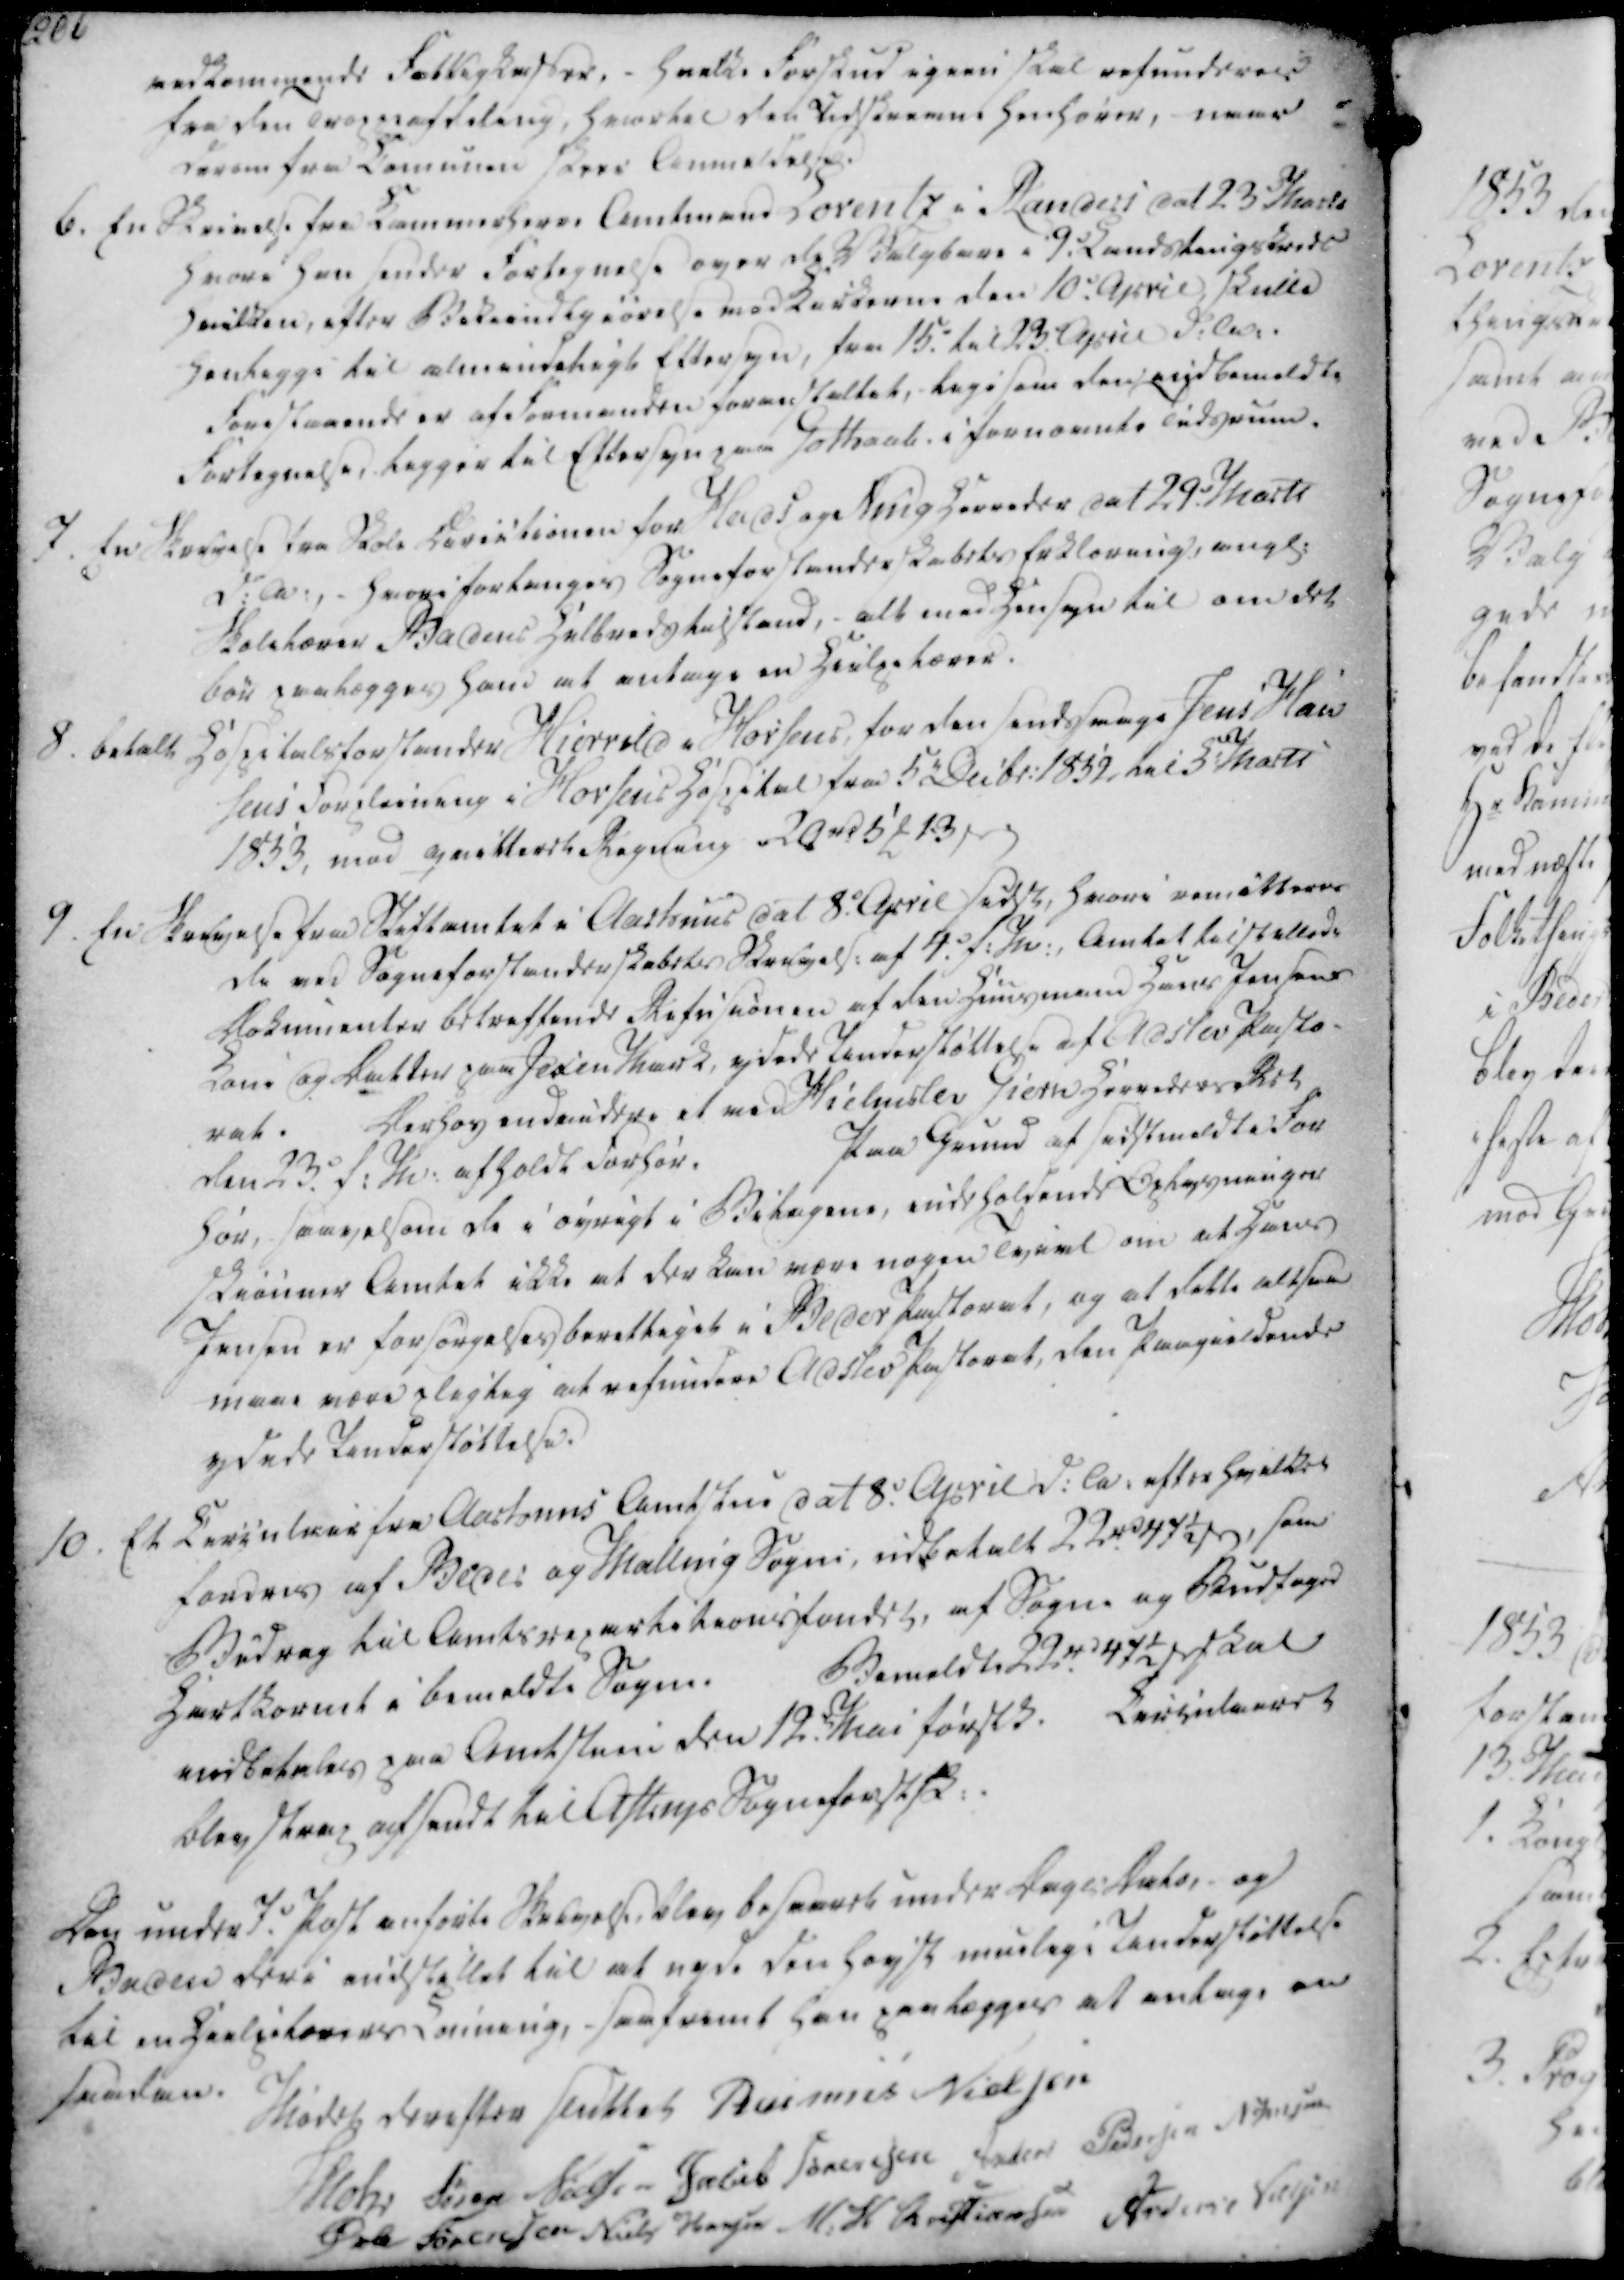
Transskription:
vedkommende Fattigkasser, - hvilke Forskud igien skal refunderes

fra den Troppeafdeling, hvortil den udskrevne henhører, naar

derom fra Comunen skrev Anmeldelse.

vedkommende Fattigkasser, - hvilke Forskud igien skal refunderes
fra den Troppeafdeling, hvortil den udskrevne henhører, naar
derom fra Comunen skrev Anmeldelse.

6. En Skrivelse fra Kammerherre Amtmand Lorentz i Randers dat 23 Marts

hvori han sender Fortegnelse over de Valgbare i 9. Landstingskreds

hvilken, efter Bekiendtgiørelse ved Kirkerne den 10. April, skulle

henligge til almindeligt Eftersyn, fra 15. til 23. April d.A.

Forestaaende er af Formanden foranstaltet, ligesom den indbemeldte

Fortegnelse, ligger til Eftersyn paa Gothaab i fornævnte Tidsrum.

7. En Skrivelse fra Skole Directionen for Hads og Ning herreder dat 29. Marts

d.A., - hvori forlanges Sogneforstanderskabets Erklæring, angl.

Skolelærer Badens Helbredstilstand, - alt med Hensyn til om det

bør paalægges ham at antage en Hielpelærer.

8. betalt Hospitalsforstander Hierrild i Horsens for den sendssvage Jens Han

sens Forpleining i Horsens Hospital fra 5t Decbr. 1852 til 5 Marts

1853, mod qvitteret Regning 20 rd 5 ₻ 13 ẞ

6. En Skrivelse fra Kammerherre Amtmand Lorentz i Randers dat 23 Marts
hvori han sender Fortegnelse over de Valgbare i 9. Landstingskreds
hvilken, efter Bekiendtgiørelse ved Kirkerne den 10. April, skulle
henligge til almindeligt Eftersyn, fra 15. til 23. April d.A.
Forestaaende er af Formanden foranstaltet, ligesom den indbemeldte
Fortegnelse, ligger til Eftersyn paa Gothaab i fornævnte Tidsrum.
7. En Skrivelse fra Skole Directionen for Hads og Ning herreder dat 29. Marts
d.A., - hvori forlanges Sogneforstanderskabets Erklæring, angl.
Skolelærer Badens Helbredstilstand, - alt med Hensyn til om det
bør paalægges ham at antage en Hielpelærer.
8. betalt Hospitalsforstander Hierrild i Horsens for den sendssvage Jens Han
sens Forpleining i Horsens Hospital fra 5t Decbr. 1852 til 5 Marts
1853, mod qvitteret Regning 20 rd 5 ₻ 13 ẞ

9. En Skrivelse fra Stiftamtet i Aarhuus dat 8. April sidst, hvori remitteres

de ved Sogneforstanderskabets Skrivels. af 4. f.M., Amtet tilstillede

Dokumenter betreffende Refusionen af den Huusmand Hans Jensens

Kone og Datter paa Jexen Mark, ydede Understøttelse af Adslev Pasto-

rat.

Derhos endvidere et med Hielmslev Giern Herreders Ret

den 23. f.M. afholdt Forhør.

Paa Grund af sidstmeldte For

hør, saavelsom de i øvrigt i Bilagene, indeholdende Oplysninger

skiønner Amtet ikke at der kan være nogen Tvivl om at Hans

Jensen er forsørgelsesberettiget i Beder Pastorat, og at dette altsaa

maae være pligtig at refundere Adslev Pastorat, den Paagieldende

ydede Understøttelse.

10. Et Cirulair fra Aarhuus Amtstue dat 8. April d.A. efter hvilket

fordres af Beder og Malling Sogne, udbetalt 22 rd 47½ ẞ, som

Bidrag til Amtsrepartitionsfondet, af Sogne og Budfoged

Hartkornet i bemeldte Sogne.

Bemeldte 22 rd 47½ ẞ skal

indbetales paa Amtstuen den 12t. Mai førstk.

Circulairet

blev strax afsendt til Astrups Sogneforstsk..

9. En Skrivelse fra Stiftamtet i Aarhuus dat 8. April sidst, hvori remitteres
de ved Sogneforstanderskabets Skrivels. af 4. f.M., Amtet tilstillede
Dokumenter betreffende Refusionen af den Huusmand Hans Jensens
Kone og Datter paa Jexen Mark, ydede Understøttelse af Adslev Pasto-
rat.
Derhos endvidere et med Hielmslev Giern Herreders Ret
den 23. f.M. afholdt Forhør.
Paa Grund af sidstmeldte For
hør, saavelsom de i øvrigt i Bilagene, indeholdende Oplysninger
skiønner Amtet ikke at der kan være nogen Tvivl om at Hans
Jensen er forsørgelsesberettiget i Beder Pastorat, og at dette altsaa
maae være pligtig at refundere Adslev Pastorat, den Paagieldende
ydede Understøttelse.
10. Et Cirulair fra Aarhuus Amtstue dat 8. April d.A. efter hvilket
fordres af Beder og Malling Sogne, udbetalt 22 rd 47½ ẞ, som
Bidrag til Amtsrepartitionsfondet, af Sogne og Budfoged
Hartkornet i bemeldte Sogne.
Bemeldte 22 rd 47½ ẞ skal
indbetales paa Amtstuen den 12t. Mai førstk.
Circulairet
blev strax afsendt til Astrups Sogneforstsk..

Den under 7. Post anførte Skrivelse, blev besvaret under Dags Dato, og

Baden deri indstillet til at nyde den høyst muelig i Understøttelse

til en Hielpelærers Lønning, - saafremt han paalægges at antage en

saadan.

Mødet derefter sluttet

Rasmus Nielsen

Mohr

Søren Nielsen

Jacob Sørensen

Anders Pedersen

N. Jensen

Øvle Sørensen

Niels Hansen

M. H. Christiansen

Anders Nielsen

Den under 7. Post anførte Skrivelse, blev besvaret under Dags Dato, og
Baden deri indstillet til at nyde den høyst muelig i Understøttelse
til en Hielpelærers Lønning, - saafremt han paalægges at antage en
saadan.
Mødet derefter sluttet
Rasmus Nielsen
Mohr
Søren Nielsen
Jacob Sørensen
Anders Pedersen
N. Jensen
Øvle Sørensen
Niels Hansen
M. H. Christiansen
Anders Nielsen